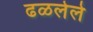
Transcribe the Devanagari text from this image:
ढळलेले